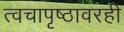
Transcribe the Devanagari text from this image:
त्वचापृष्ठावरही